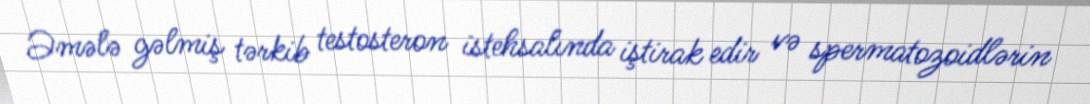
Əmələ gəlmiş tərkib testosteron istehsalında iştirak edir və spermatozoidlərin